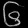
Digit: ၆